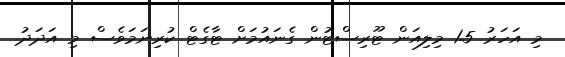
މި އަހަރު 1.5 މިލިއަން ޓޫރިސްޓުން ގެނައުމަށް ޓާގެޓް ކުރިނަމަވެސް މި އަދަދު